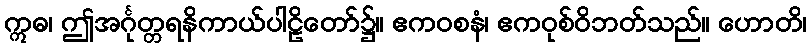
ဣဓ၊ ဤအင်္ဂုတ္တရနိကာယ်ပါဠိတော်၌။ ဧကဝစနံ၊ ဧကဝုစ်ဝိဘတ်သည်။ ဟောတိ၊